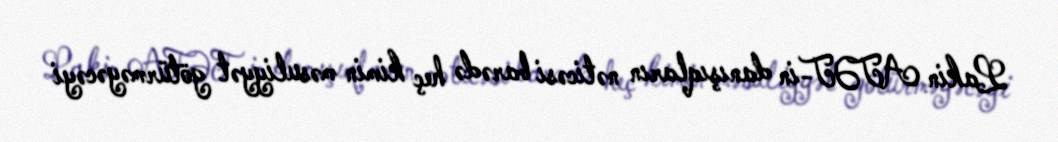
Lakin ATƏT-in danışıqların nəticəsi barədə heç kimin məsuliyyət götürməyəcəyi